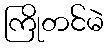
ကြိုတင်မဲ